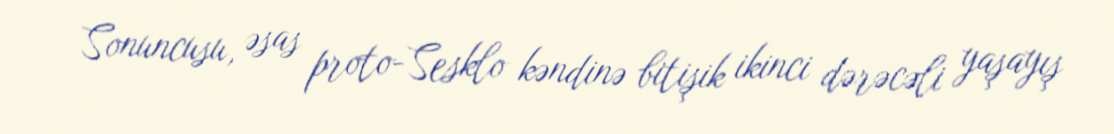
Sonuncusu, əsas proto-Sesklo kəndinə bitişik ikinci dərəcəli yaşayış